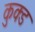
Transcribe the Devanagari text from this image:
कुक्ड